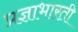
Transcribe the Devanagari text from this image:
प्रज्ञाभारती